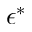
\epsilon ^ { * }